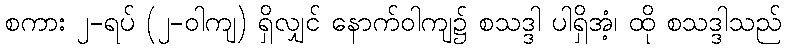
စကား ၂-ရပ် (၂-ဝါကျ) ရှိလျှင် နောက်ဝါကျ၌ စသဒ္ဒါ ပါရှိအံ့၊ ထို စသဒ္ဒါသည်